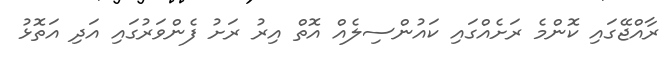
ރާއްޖޭގައި ކޮންމެ ރަށެއްގައި ކައުންސިލެއް އޮތް އިރު ރަށު ފެންވަރުގައި އަދި އަތޮޅު